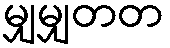
မျှမျှတတ